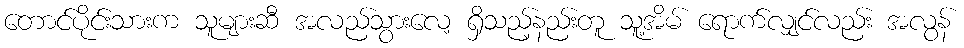
တောင်ပိုင်းသားက သူများဆီ အလည်သွားလေ့ ရှိသည့်နည်းတူ သူ့အိမ် ရောက်လျှင်လည်း အလွန်